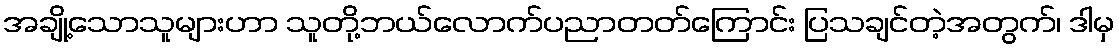
အချို့သောသူများဟာ သူတို့ဘယ်လောက်ပညာတတ်ကြောင်း ပြသချင်တဲ့အတွက်၊ ဒါမှ